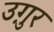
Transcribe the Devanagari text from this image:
उग़ुर